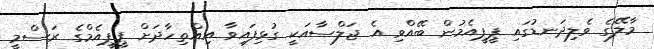
މާލޭގެ ވެލިދަނޑުގައި ޕީޕީއެމުން ބޭއްވި އެ ޖަލްސާއަކީ ގުޅިފައިވާ އިއްތިހާދަށް ޕީޕީއެމްގެ ރަސްމީ